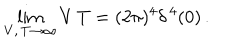
LaTeX: \lim _ { V , \, T \to \infty } V \, T = ( 2 \pi ) ^ { 4 } \delta ^ { \, 4 } ( 0 ) \, .